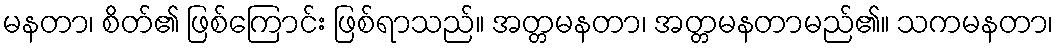
မနတာ၊ စိတ်၏ ဖြစ်ကြောင်း ဖြစ်ရာသည်။ အတ္တမနတာ၊ အတ္တမနတာမည်၏။ သကမနတာ၊